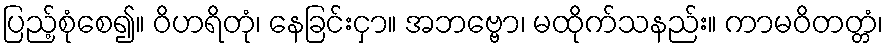
ပြည့်စုံစေ၍။ ဝိဟရိတုံ၊ နေခြင်းငှာ။ အဘဗ္ဗော၊ မထိုက်သနည်း။ ကာမဝိတတ္တံ၊